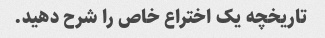
تاریخچه یک اختراع خاص را شرح دهید.